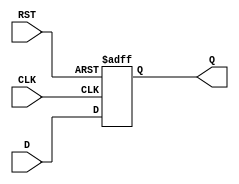
module synchronous_register (
    input wire D,        // Data input
    input wire CLK,      // Clock input
    input wire RST,      // Reset input
    output reg Q         // Data output
);

    // Parameter for reset value
    parameter RESET_VALUE = 1'b0; // Define the reset value (0 or 1)

    // Always block triggered on the rising edge of the clock or the reset signal
    always @(posedge CLK or posedge RST) begin
        if (RST) begin
            Q <= RESET_VALUE; // Set Q to the reset value
        end else begin
            Q <= D;           // Capture the input data D
        end
    end

endmodule